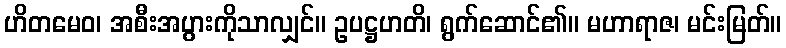
ဟိတမေဝ၊ အစီးအပွားကိုသာလျှင်။ ဥပဋ္ဌဟတိ၊ ရွက်ဆောင်၏။ မဟာရာဇ၊ မင်းမြတ်။